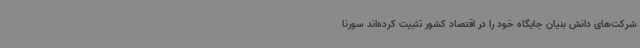
شرکت‌های دانش بنیان‌ جایگاه خود را در اقتصاد کشور تثبیت کرده‌اند سورنا